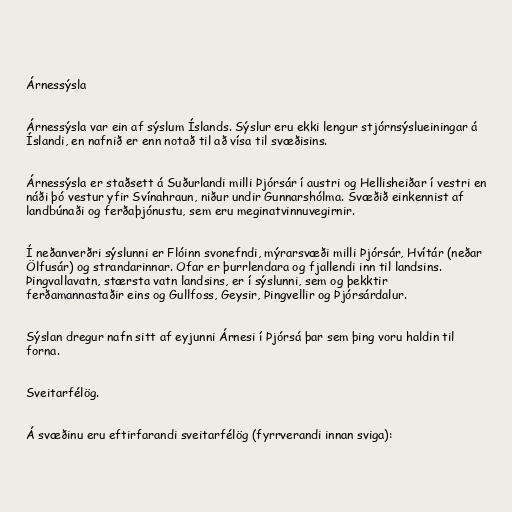
Árnessýsla

Árnessýsla var ein af sýslum Íslands. Sýslur eru ekki lengur stjórnsýslueiningar á
Íslandi, en nafnið er enn notað til að vísa til svæðisins.

Árnessýsla er staðsett á Suðurlandi milli Þjórsár í austri og Hellisheiðar í vestri en
náði þó vestur yfir Svínahraun, niður undir Gunnarshólma. Svæðið einkennist af
landbúnaði og ferðaþjónustu, sem eru meginatvinnuvegirnir.

Í neðanverðri sýslunni er Flóinn svonefndi, mýrarsvæði milli Þjórsár, Hvítár (neðar
Ölfusár) og strandarinnar. Ofar er þurrlendara og fjallendi inn til landsins.
Þingvallavatn, stærsta vatn landsins, er í sýslunni, sem og þekktir
ferðamannastaðir eins og Gullfoss, Geysir, Þingvellir og Þjórsárdalur.

Sýslan dregur nafn sitt af eyjunni Árnesi í Þjórsá þar sem þing voru haldin til
forna.

Sveitarfélög.

Á svæðinu eru eftirfarandi sveitarfélög (fyrrverandi innan sviga):